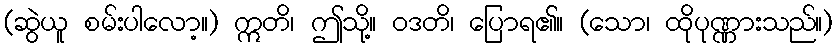
(ဆွဲယူ စမ်းပါလော့။) ဣတိ၊ ဤသို့။ ဝဒတိ၊ ပြောရ၏။ (သော၊ ထိုပုဏ္ဏားသည်။)